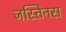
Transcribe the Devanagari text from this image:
जस्तिनस